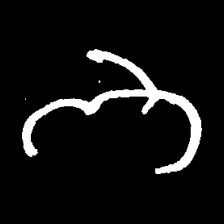
Pyu character \u2014 Myanmar letter: ဘ (romanized: bha)